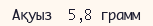
Ақуыз  5,8 грамм